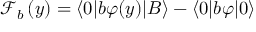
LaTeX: \mathcal { F } _ { b } \left( y \right) = \langle 0 | b \varphi ( y ) | B \rangle - \langle 0 | b \varphi | 0 \rangle